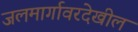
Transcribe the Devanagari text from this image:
जलमार्गावरदेखील